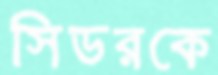
সিডরকে